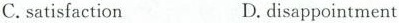
C.satisfaction D.disappointment